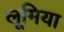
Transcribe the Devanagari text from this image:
लूमिया